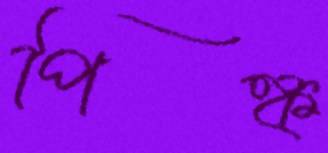
পিঙ্ক